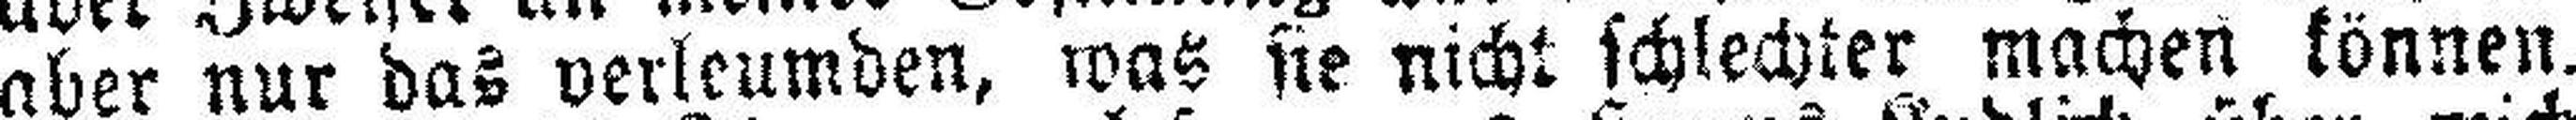
aber nur das verleumden, was sie nicht schlechter machen können.